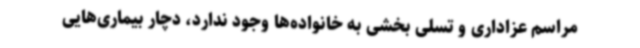
مراسم عزاداری و تسلی بخشی به خانواده‌ها وجود ندارد، دچار بیماری‌هایی